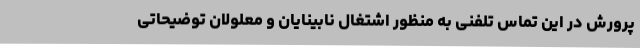
پرورش در این تماس تلفنی به منظور اشتغال نابینایان و معلولان توضیحاتی